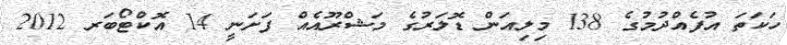
ހަކަތަ އުފެއްދުމުގެ 138 މިލިއަން ޑޮލަރުގެ މަޝްރޫއެއް ފަށަނީ 14 އޮކްޓޯބަރ 2012